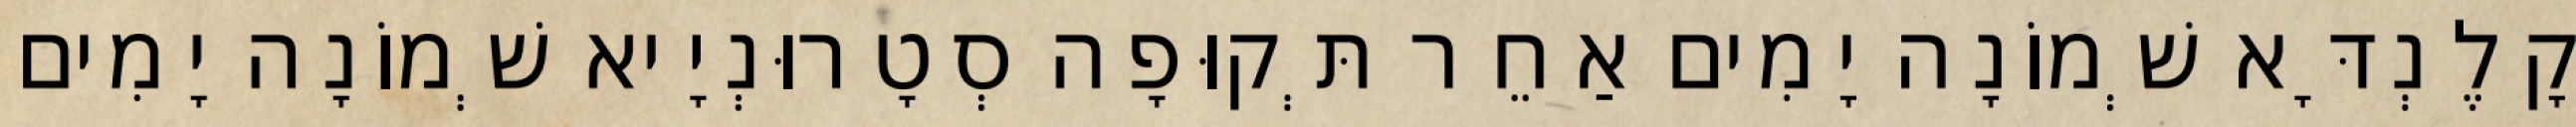
קָלֶנְדָּא שְׁמוֹנָה יָמִים אַחֵר תְּקוּפָה סְטָרוּנְיָיא שְׁמוֹנָה יָמִים